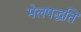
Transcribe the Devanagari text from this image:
मेलपद्धति